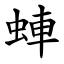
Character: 蛼